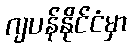
ဂျပန်နိုင်ငံမှာ